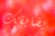
يضايقك